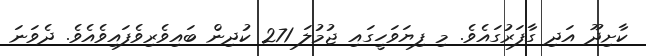
ކާށިދޫ އަދި ގާފަރުގައެވެ. މި ފިޔަވަހީގައި ޖުމުލަ 271 ކުދިން ބައިވެރިވެފައިވެއެވެ. ދެވަނަ